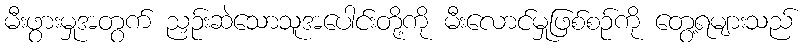
မီးဖွားမှုအတွက် ညှဉ်းဆဲသောသူအပေါင်းတို့ကို မီးလောင်မှုဖြစ်စဉ်ကို တွေ့ရများသည်